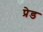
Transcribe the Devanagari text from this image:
प्रेड